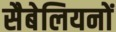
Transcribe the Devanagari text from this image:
सैबेलियनों